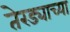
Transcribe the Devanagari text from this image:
तेरड्याच्या